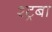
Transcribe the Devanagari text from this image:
श्ट्रबा